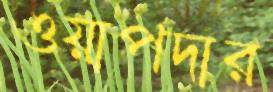
ওয়াপদার